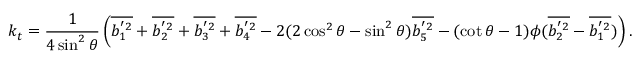
k _ { t } = \frac { 1 } { 4 \sin ^ { 2 } { \theta } } \left( \overline { { b _ { 1 } ^ { ' 2 } } } + \overline { { b _ { 2 } ^ { ' 2 } } } + \overline { { b _ { 3 } ^ { ' 2 } } } + \overline { { b _ { 4 } ^ { ' 2 } } } - 2 ( 2 \cos ^ { 2 } { \theta } - \sin ^ { 2 } { \theta } ) \overline { { b _ { 5 } ^ { ' 2 } } } - ( \cot { \theta } - 1 ) \phi ( \overline { { b _ { 2 } ^ { ' 2 } } } - \overline { { b _ { 1 } ^ { ' 2 } } } ) \right) .